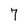
Character: 7